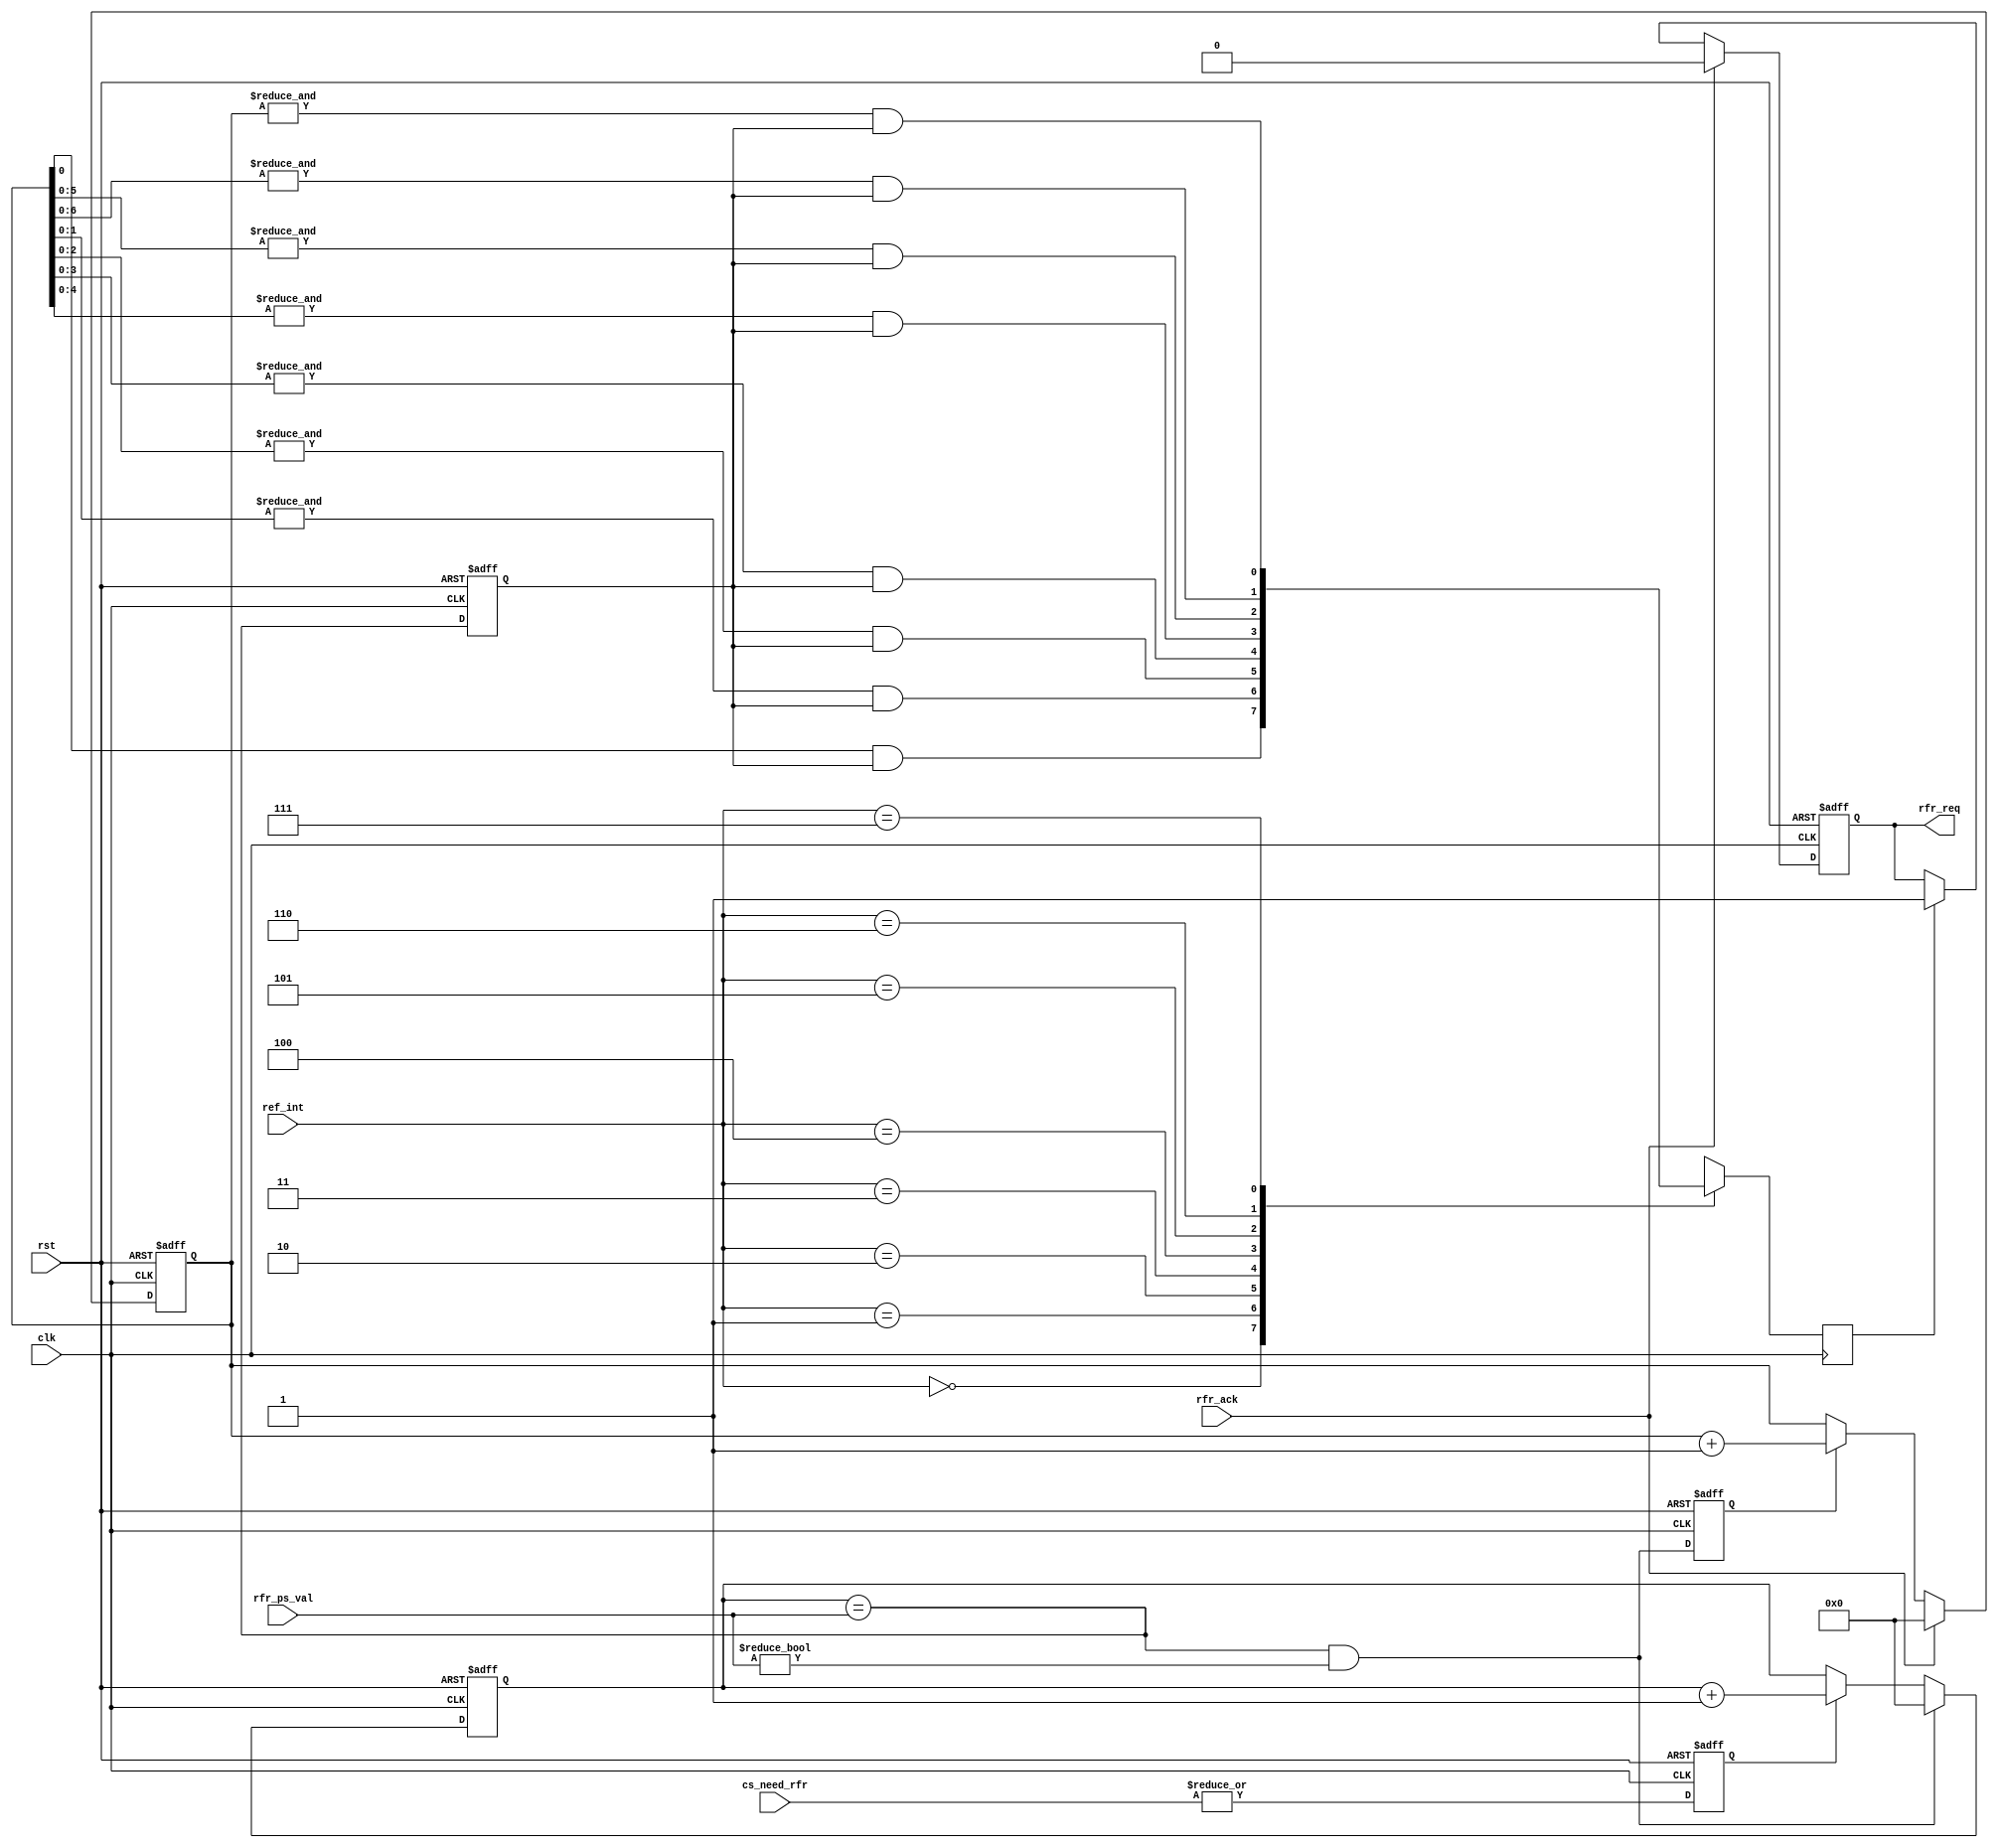
module mc_refresh(clk, rst, 
		cs_need_rfr, ref_int, rfr_req, rfr_ack,
		rfr_ps_val
		);

input		clk, rst;
input	[7:0]	cs_need_rfr;
input	[2:0]	ref_int;
output		rfr_req;
input		rfr_ack;
input	[7:0]	rfr_ps_val;

////////////////////////////////////////////////////////////////////
//
// Local Registers & Wires
//

reg		rfr_en;
reg	[7:0]	ps_cnt;
wire		ps_cnt_clr;
reg		rfr_ce;
reg	[7:0]	rfr_cnt;
reg		rfr_clr;
reg		rfr_req;
reg		rfr_early;

/*
Refresh generation

The prescaler generates a 0.48828 uS clock enable

The refresh counter generates the following refresh rates:
(Actual values are about 0.63% below the desired values).
This is for a 200 Mhz WISHBONE Bus.
0.970 uS,
1.940
3.880
7.760
15.520
32.040
62.080
124.160 uS

(desired values)
0.976 uS
1.953
3.906
7.812
15.625
31.250
62.500
125.000 uS
*/

////////////////////////////////////////////////////////////////////
//
// Prescaler
//

always @(posedge clk or posedge rst)
	if(rst)		rfr_en <= #1 1'b0;
	else		rfr_en <= #1 |cs_need_rfr;

always @(posedge clk or posedge rst)
	if(rst)				ps_cnt <= #1 8'h0;
	else	
	if(ps_cnt_clr)			ps_cnt <= #1 8'h0;
	else	
	if(rfr_en)			ps_cnt <= #1 ps_cnt + 8'h1;

assign ps_cnt_clr = (ps_cnt == rfr_ps_val) & (rfr_ps_val != 8'h0);

always @(posedge clk or posedge rst)
	if(rst)		rfr_early <= #1 1'b0;
	else		rfr_early <= #1 (ps_cnt == rfr_ps_val);

////////////////////////////////////////////////////////////////////
//
// Refresh Counter
//

always @(posedge clk or posedge rst)
	if(rst)		rfr_ce <= #1 1'b0;
	else		rfr_ce <= #1 ps_cnt_clr;

always @(posedge clk or posedge rst)
	if(rst)			rfr_cnt <= #1 8'h0;
	else
	if(rfr_ack)		rfr_cnt <= #1 8'h0;
	else
	if(rfr_ce)		rfr_cnt <= #1 rfr_cnt + 8'h1;

always @(posedge clk)
	case(ref_int)		// synopsys full_case parallel_case
	   3'h0: rfr_clr <= #1  rfr_cnt[0]   & rfr_early;
	   3'h1: rfr_clr <= #1 &rfr_cnt[1:0] & rfr_early;
	   3'h2: rfr_clr <= #1 &rfr_cnt[2:0] & rfr_early;
	   3'h3: rfr_clr <= #1 &rfr_cnt[3:0] & rfr_early;
	   3'h4: rfr_clr <= #1 &rfr_cnt[4:0] & rfr_early;
	   3'h5: rfr_clr <= #1 &rfr_cnt[5:0] & rfr_early;
	   3'h6: rfr_clr <= #1 &rfr_cnt[6:0] & rfr_early;
	   3'h7: rfr_clr <= #1 &rfr_cnt[7:0] & rfr_early;
	endcase

always @(posedge clk or posedge rst)
	if(rst)			rfr_req <= #1 1'b0;
	else
	if(rfr_ack)		rfr_req <= #1 1'b0;
	else
	if(rfr_clr)		rfr_req <= #1 1'b1;

endmodule